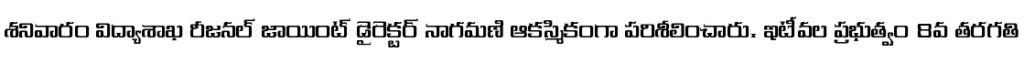
శనివారం విద్యాశాఖ రీజనల్ జాయింట్ డైరెక్టర్ నాగమణి ఆకస్మికంగా పరిశీలించారు. ఇటీవల ప్రభుత్వం 8వ తరగతి